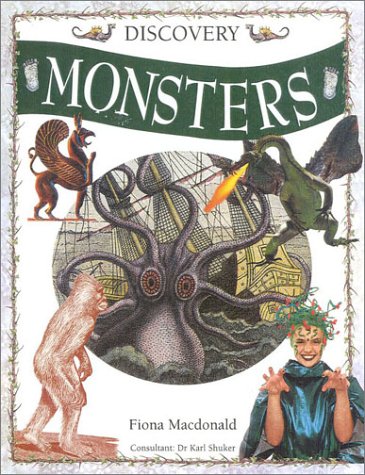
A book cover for Monsters (Discovery); Fiona Macdonald; Children's Books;